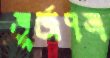
ভূর্জপত্র